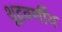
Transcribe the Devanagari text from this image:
शूद्रवर्णीय